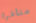
متأخرا